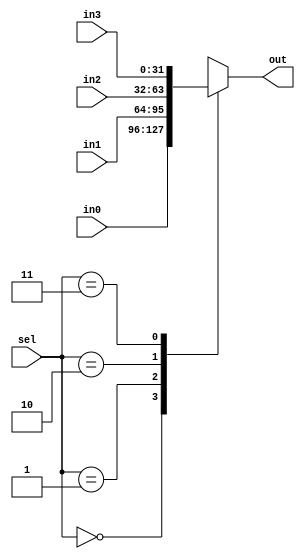
`timescale 1ns / 1ps
/*
 * Project      : University of Utah, XUM Project MIPS32 core
 * Creator(s)   : Grant Ayers (ayers@cs.utah.edu)
 *
 * Modification History:
 *   Rev   Date         Initials  Description of Change
 *   1.0   7-Jun-2011   GEA       Initial design.
 *
 * Standards/Formatting:
 *   Verilog 2001, 4 soft tab, wide column.
 *
 * Description:
 *   A 4-input Mux of variable width, defaulting to 32-bit width.
 */
module Mux4 #(parameter WIDTH = 32)(
    input  [1:0] sel,
    input  [(WIDTH-1):0] in0, in1, in2, in3,
    output reg [(WIDTH-1):0] out
    );

    always @(*) begin
        case (sel)
            2'b00 : out <= in0;
            2'b01 : out <= in1;
            2'b10 : out <= in2;
            2'b11 : out <= in3;
        endcase
    end

endmodule